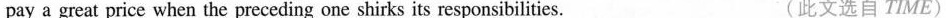
pay a great price when the preceding one shirks its responsibilities. （此文选自 TIME)